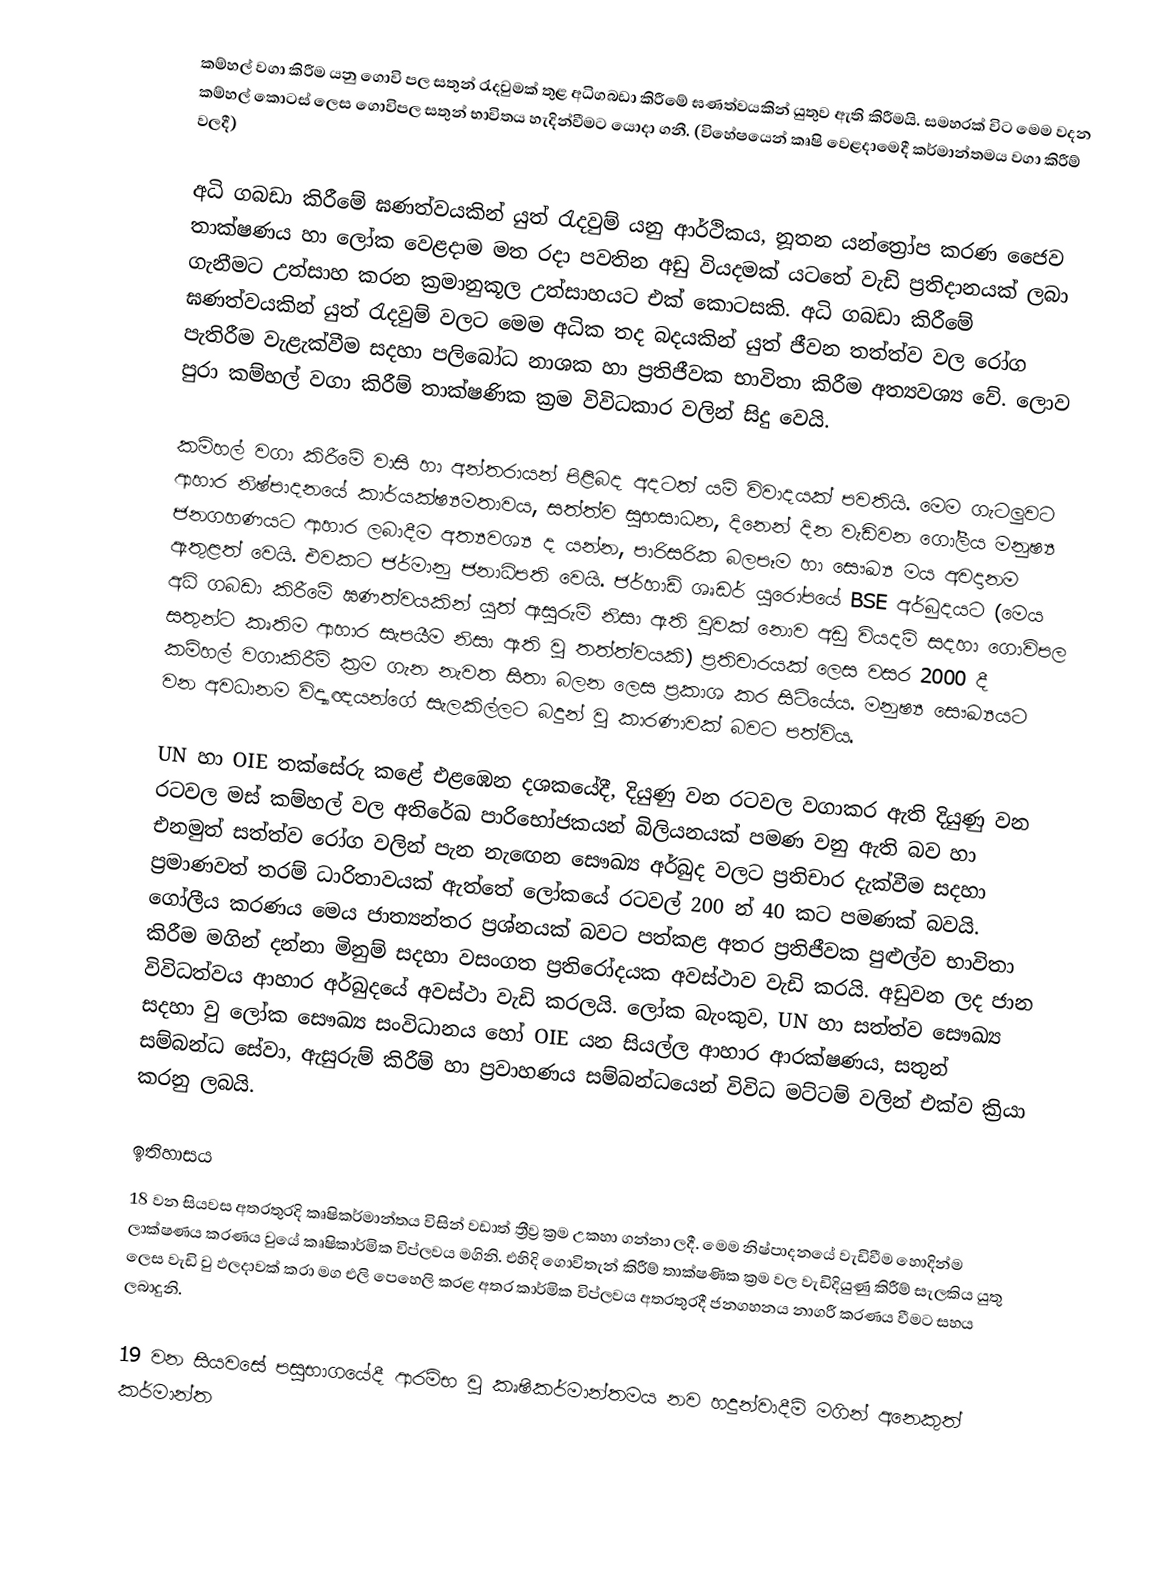
කම්හල් වගා කිරීම යනු ගොවි පල සතුන් රැදවුමක් තුළ අධිගබඩා කිරීමේ ඝණත්වයකින් යුතුව ඇති කිරීමයි. සමහරක් විට මෙම වදන කම්හල් කොටස් ලෙස ගොවිපල සතුන් භාවිතය හැදින්වීමට යොදා ගනී. (විහේෂයෙන් කෘෂි වෙළදාමෙදී කර්මාන්තමය වගා කිරීම් වලදී)

අධි ගබඩා කිරීමේ ඝණත්වයකින් යුත් රැදවුම් යනු ආර්ථිකය, නූතන යන්ත්‍රෝප කරණ ජෛව තාක්ෂණය හා ලෝක වෙළදාම මත රදා පවතින අඩු වියදමක් යටතේ වැඩි ප්‍රතිදානයක් ලබා ගැනීමට උත්සාහ කරන ක්‍රමානුකූල උත්සාහයට එක් කොටසකි. අධි ගබඩා කිරීමේ ඝණත්වයකින් යුත් රැදවුම් වලට මෙම අධික තද බදයකින් යුත් ජීවන තත්ත්ව වල රෝග පැතිරීම වැළැක්වීම සදහා පලිබෝධ නාශක හා ප්‍රතිජීවක භාවිතා කිරීම අත්‍යවශ්‍ය වේ. ලොව පුරා කම්හල් වගා කිරීම් තාක්ෂණික ක්‍රම විවිධ‍කාර වලින් සිදු වෙයි.

කම්හල් වගා කිරීමේ වාසි හා අන්තරායන් පිළිබද අදටත් යම් විවාදයක් පවතියි. මෙම ගැටලුවට ආහාර නිෂ්පාදනයේ කාර්යක්ෂ්‍යමතාවය, සත්ත්ව සුභසාධන, දිනෙන් දින වැඩිවන ගෝලීය මනුෂ්‍ය ජනගහණයට ආහාර ලබාදීම අත්‍යවශ්‍ය ද යන්න, පාරිසරික බලපෑම හා සෞඛ්‍ය මය අවදානම ඇතුළත් වෙයි. එවකට ජර්මානු ජනාධිපති වෙයි. ජර්හාඩ් ශෘඩර් යුරෝපයේ BSE අර්බුදයට (මෙය අධි ගබඩා කිරීමේ ඝණත්වයකින් යුත් ඇසුරුම් නිසා ඇති වුවක් නොව අඩු වියදම් සදහා ගොවිපල සතුන්ට කෘතිම ආහාර සැපයීම නිසා ඇති වු තත්ත්වයකි) ප්‍රතිචාරයක් ලෙස වසර 2000 දී කම්හල් වගාකිරීම් ක්‍රම ගැන නැවත සිතා බලන ලෙස ප්‍රකාශ කර සිටියේය. මනුෂ්‍ය සෞඛ්‍යයට වන අවධානම විද්‍යාඥයන්ගේ සැලකිල්ලට බදුන් වු කාරණාවක් බවට පත්විය.

UN හා OIE තක්සේරු කළේ එළඹෙන දශකයේදී,  දියුණු වන රටවල වගාකර ඇති දියුණු වන රටවල මස් කම්හල් වල අතිරේඛ පාරිභෝජකයන් බිලියනයක් පමණ වනු ඇති බව හා  එනමුත් සත්ත්ව රෝග වලින් පැන නැඟෙන සෞඛ්‍ය අර්බුද වලට ප්‍රතිචාර දැක්වීම සදහා ප්‍රමාණවත් තරම් ධාරිතාවයක් ඇත්තේ ලෝකයේ රටවල් 200 න්  40 කට පමණක් බවයි. ගෝලීය කරණය මෙය ජාත්‍යන්තර ප්‍රශ්නයක් බවට පත්කළ අතර ප්‍රතිජීවක පුළුල්ව භාවිතා කිරීම මගින් දන්නා මිනුම් සදහා වසංගත ප්‍රතිරෝදයක අවස්ථාව වැඩි කරයි. අඩුවන ලද ජාන විවිධත්වය ආහාර අර්බුදයේ අවස්ථා වැඩි කරලයි. ලෝක බැංකුව,  UN හා සත්ත්ව සෞඛ්‍ය සදහා වු ලෝක සෞඛ්‍ය සංවිධානය හෝ OIE යන සියල්ල ආහාර ආරක්ෂණය, සතුන් සම්බන්ධ සේවා, ඇසුරුම් කිරීම් හා ප්‍රවාහණය සම්බන්ධයෙන් විවිධ මට්ටම් වලින් එක්ව ක්‍රියා කරනු ලබයි.

ඉතිහාසය
18 වන සියවස අතරතුරදි කෘෂිකර්මාන්තය විසින් වඩාත් ත්‍රීව්‍ර ක්‍රම උකහා ගන්නා ලදී. මෙම නිෂ්පාදනයේ වැඩිවීම හොදින්ම ලාක්ෂණය කරණය වුයේ කෘෂිකාර්මික විප්ලවය මගිනි. එහිදි ගොවිතැන් කිරීම් තාක්ෂණික ක්‍රම වල වැඩිදියුණු කිරීම් සැලකිය යුතු ලෙස වැඩි වු ඵලදාවක් කරා මග එලි පෙහෙලි කරළ අතර කාර්මික විප්ලවය අතරතුරදී ජනගහනය නාගරී කරණය වීමට සහය ලබාදුනි.

19 වන සියවසේ පසුභාගයේදී ආරම්භ වු කෘෂිකර්මාන්තමය නව හදුන්වාදීම් මගින් අනෙකුත්  කර්මාන්ත